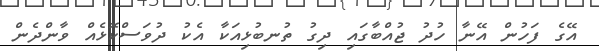
އޭގެ ފަހުން އޭނާ ހުދު ޖުއްބާގައި ދިގު ތުނބުޅިއަކާ އެކު ދުވަސްކޮޅެއް ވާންދެން